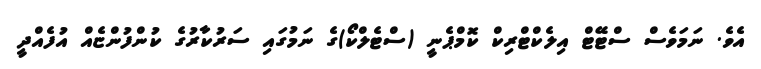
އެވެ. ނަމަވެސް ސްޓޭޓް އިލެކްޓްރިކް ކޮމްޕެނީ (ސްޓެލްކޯ)ގެ ނަމުގައި ސަރުކާރުގެ ކުންފުންޏެއް އުފެއްދީ